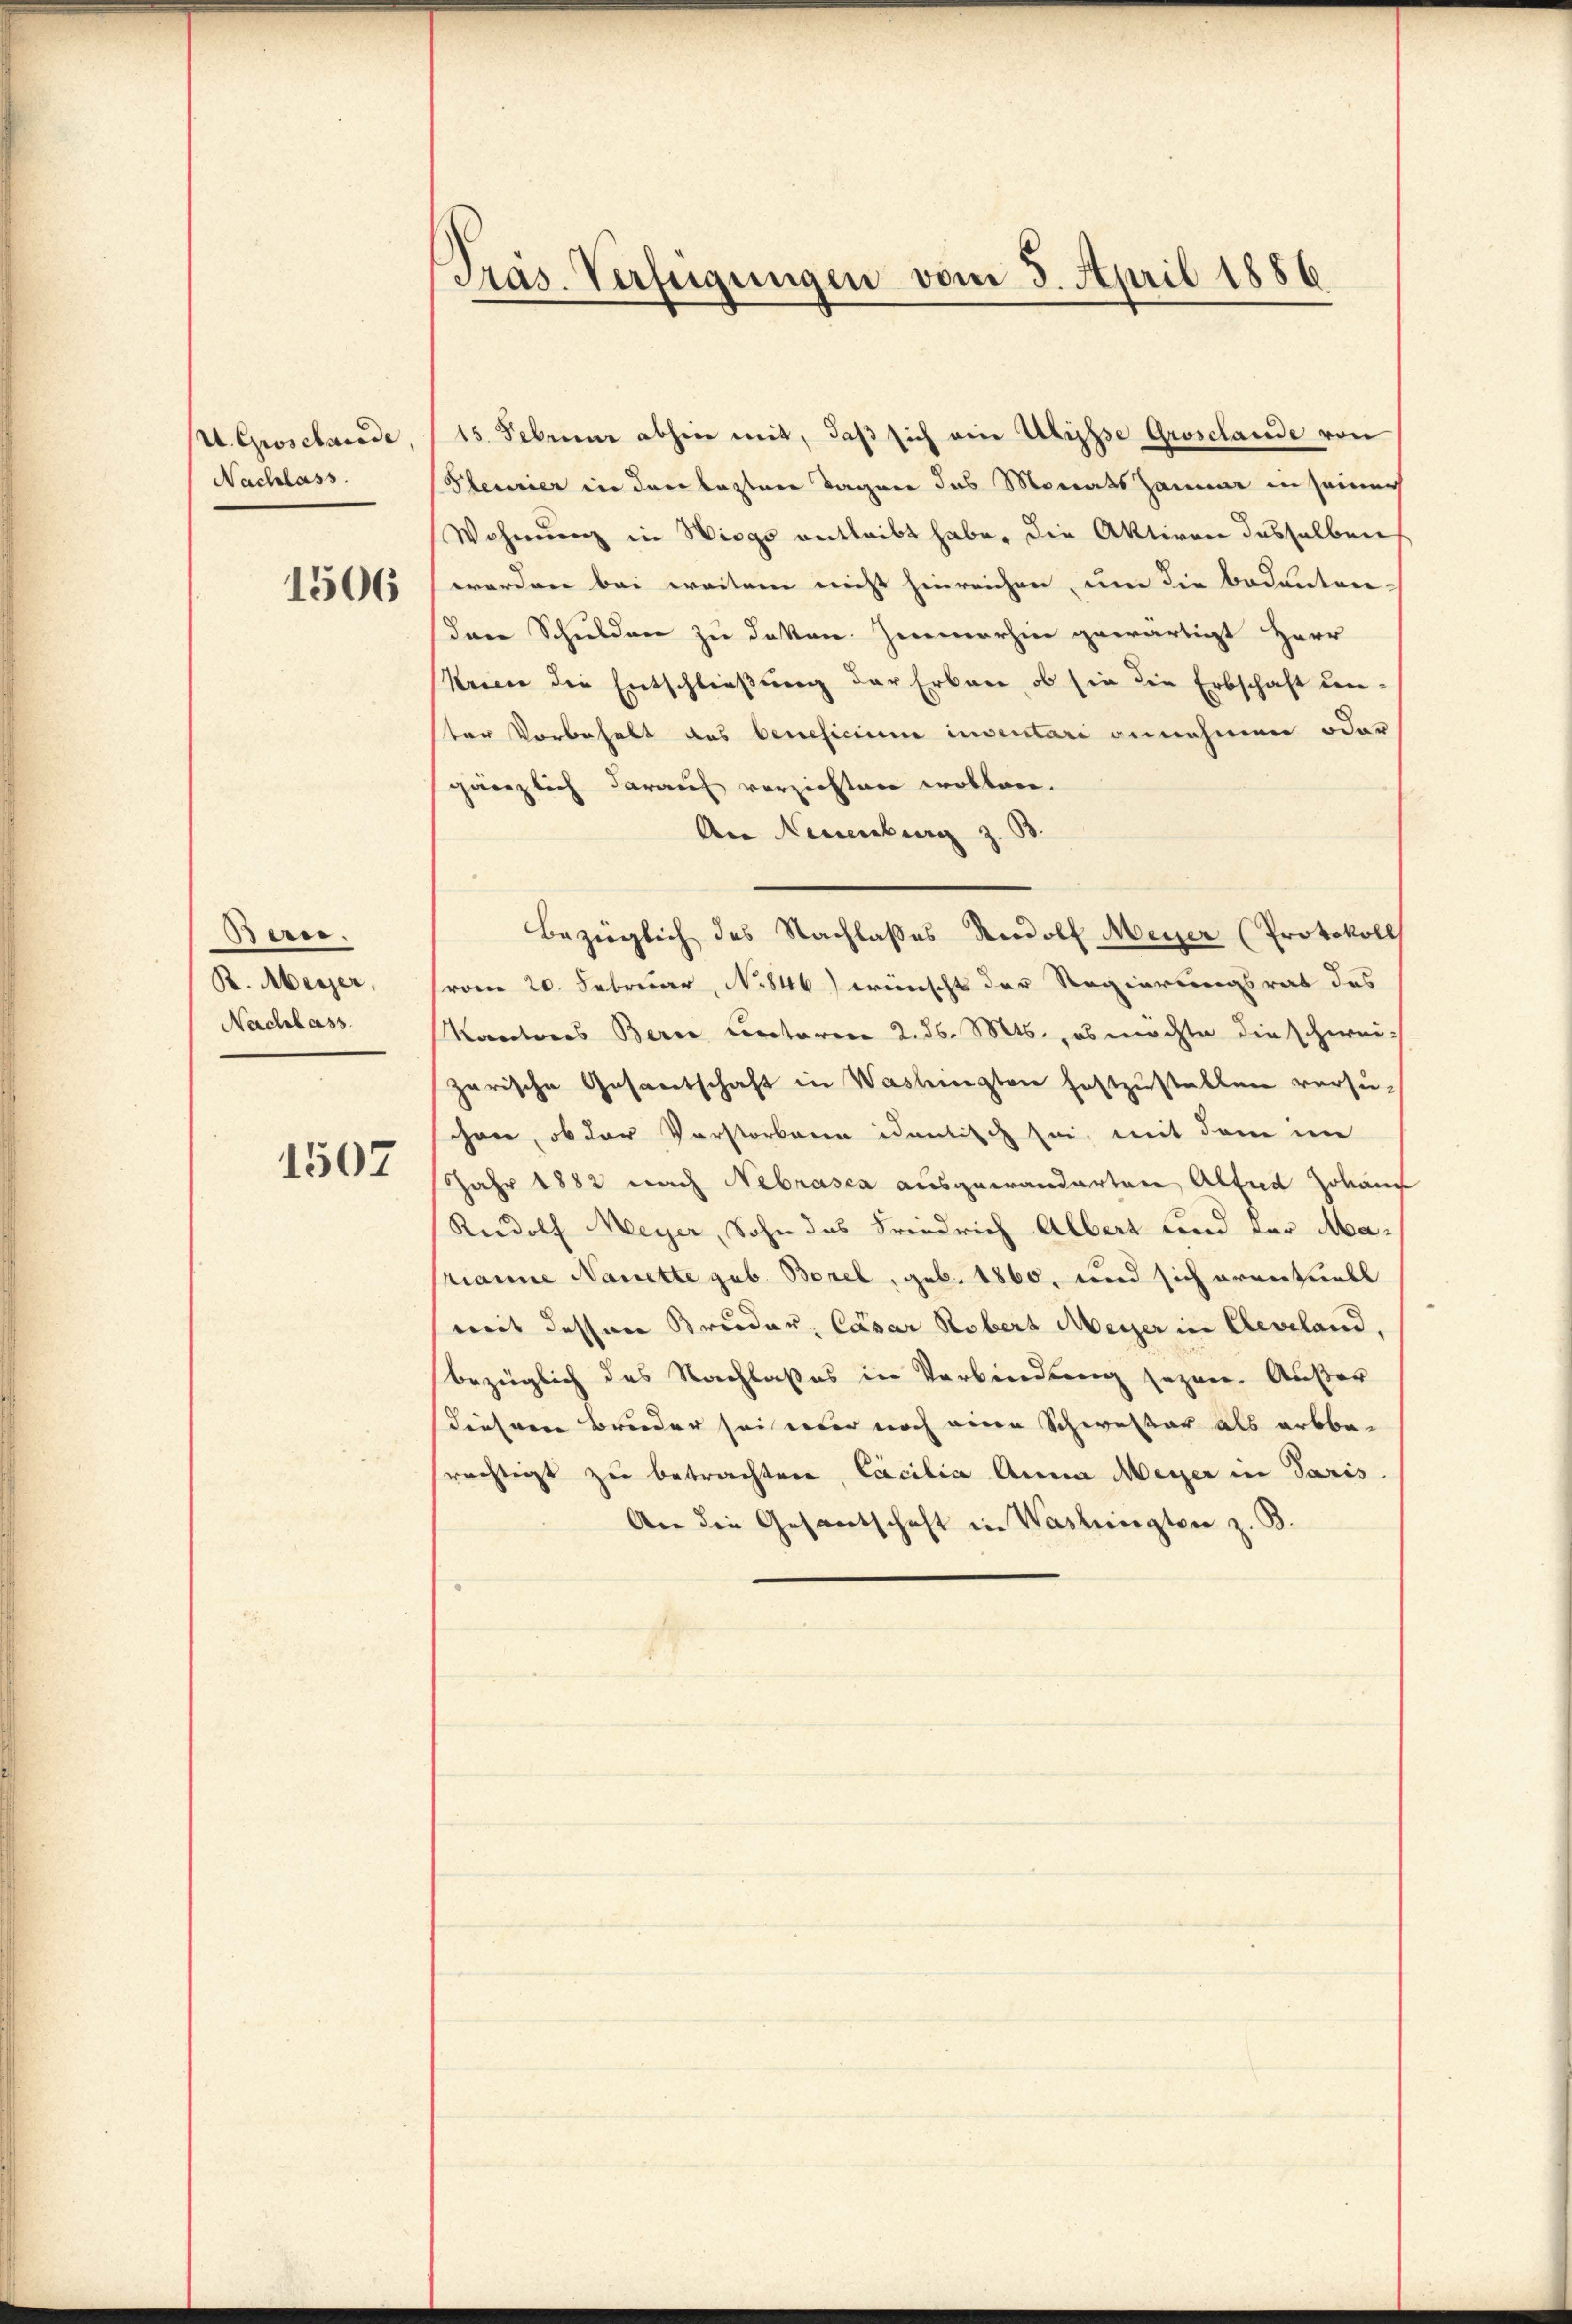
A. Groschande
Nachlass

1506

Berei.
B. Meyer,
Nachlass

1507

Präs. Verfügungen vom 3. April 1886

15. Febrenne abhier mit, daβ sich ein Abrisse Grosclande von
Pleurier in den leztere Tagen das Monatshammer in seiner
Wohnung in Wiego entleibt habe, die Aktiven desselben
worden bei weitere nicht hinreichen, um die bedeuten-
Ien Schulden zu daten. Immerhin gewärtigt Herr
Kricie die Entschließung der Erbare, ob sie die Erbschaft un-
ter Vorbehalt des beneficium inventari gernehmen oder
gänzlich darauf verzichten wollen.
An Neuenburg z.
Bezüglich des Nachlasses Rudolf Meyer (Protokoll
vom 20. Februar, No 846) wünscht der Regierungsrat das
Kantons Bern Circtorene 2. d. Mts., ob möchte die schwei-
zerische Gesantschaft in Waslingten festzustellen versuchen, ob der Vorstorbene identisch sei, mit dem im
Jahr 1882 nach Nebrasca ausgewanderten Alfred Zokauf
Rudolf Meyer, Sohn das Friedrich Albert und der Marianne Nanette geb. Borel, geb. 1860, und sich erentuell
mit dessen Bruder, Cäsar Robers Meyer in Cleveland.
bezüglich des Nachlaßes in Verbindung sezen. Außer
diesem Bruder sei nur noch eine Schwester als erbbe-
rächtigt zu betrachten, Cacilia Anna Meyer in Paris.
An die Gesandschaft in Vaslangten z. B.